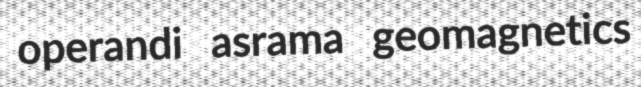
operandi asrama geomagnetics